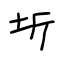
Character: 圻